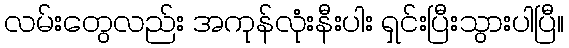
လမ်းတွေလည်း အကုန်လုံးနီးပါး ရှင်းပြီးသွားပါပြီ။